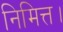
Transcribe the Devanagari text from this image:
निमित्त।